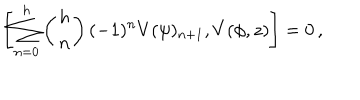
\left[ \sum _ { n = 0 } ^ { h } \left( { h \atop n } \right) ( - 1 ) ^ { n } V ( \psi ) _ { n + 1 } , V ( \phi , z ) \right] = 0 \, ,